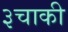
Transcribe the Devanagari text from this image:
३चाकी